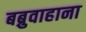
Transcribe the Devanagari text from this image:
बब्रुवाहाना